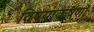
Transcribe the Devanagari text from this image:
विषयाकर्षणों